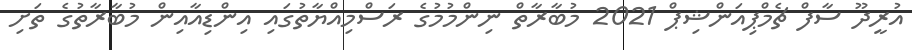
އުރީދޫ ސާފް ޗެމްޕިއަންޝިޕް 2021 މުބާރާތް ނިންމުމުގެ ރަސްމިއްޔާތުގައި އިންޑިއާއިން މުބާރާތުގެ ތަށި